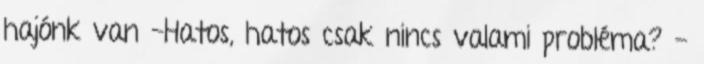
hajónk van -Hatos, hatos csak nincs valami probléma? -